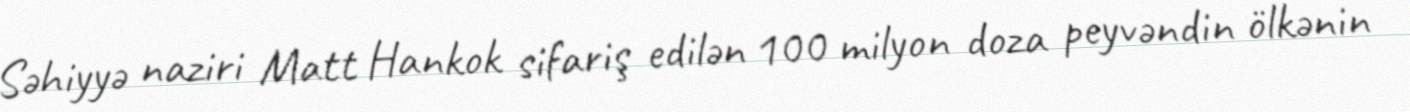
Səhiyyə naziri Matt Hankok sifariş edilən 100 milyon doza peyvəndin ölkənin